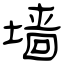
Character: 墙